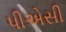
પીએસી